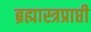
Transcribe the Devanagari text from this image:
ब्रह्मास्त्रप्राप्ती